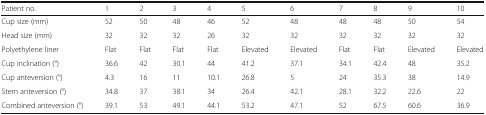
<table><thead><tr><td><b>Patient no.</b></td><td><b>1</b></td><td><b>2</b></td><td><b>3</b></td><td><b>4</b></td><td><b>5</b></td><td><b>6</b></td><td><b>7</b></td><td><b>8</b></td><td><b>9</b></td><td><b>10</b></td></tr></thead><tbody><tr><td>Cup size (mm)</td><td>52</td><td>50</td><td>48</td><td>46</td><td>52</td><td>48</td><td>48</td><td>48</td><td>50</td><td>54</td></tr><tr><td>Head size (mm)</td><td>32</td><td>32</td><td>32</td><td>26</td><td>32</td><td>32</td><td>32</td><td>32</td><td>32</td><td>32</td></tr><tr><td>Polyethylene liner</td><td>Flat</td><td>Flat</td><td>Flat</td><td>Flat</td><td>Elevated</td><td>Elevated</td><td>Flat</td><td>Flat</td><td>Elevated</td><td>Elevated</td></tr><tr><td>Cup inclination (°)</td><td>36.6</td><td>42</td><td>30.1</td><td>44</td><td>41.2</td><td>37.1</td><td>34.1</td><td>42.4</td><td>48</td><td>35.2</td></tr><tr><td>Cup anteversion (°)</td><td>4.3</td><td>16</td><td>11</td><td>10.1</td><td>26.8</td><td>5</td><td>24</td><td>35.3</td><td>38</td><td>14.9</td></tr><tr><td>Stem anteversion (°)</td><td>34.8</td><td>37</td><td>38.1</td><td>34</td><td>26.4</td><td>42.1</td><td>28.1</td><td>32.2</td><td>22.6</td><td>22</td></tr><tr><td>Combined anteversion (°)</td><td>39.1</td><td>53</td><td>49.1</td><td>44.1</td><td>53.2</td><td>47.1</td><td>52</td><td>67.5</td><td>60.6</td><td>36.9</td></tr></tbody></table>